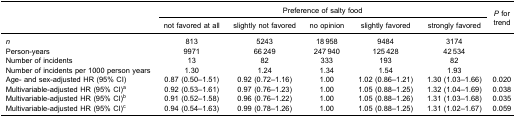
| <ROWSPAN=3>  | <COLSPAN=5> Preference of salty food | <ROWSPAN=3> P fortrend |
 | not favored at all | slightly not favored | no opinion | slightly favored | strongly favored |
 | --- | --- | --- | --- | --- | --- | --- |
 | n | 813 | 5243 | 18 958 | 9484 | 3174 |  |
 | Person-years | 9971 | 66 249 | 247 940 | 125 428 | 42 534 |  |
 | Number of incidents | 13 | 82 | 333 | 193 | 82 |  |
 | Number of incidents per 1000 person years | 1.30 | 1.24 | 1.34 | 1.54 | 1.93 |  |
 | Age- and sex-adjusted HR (95% CI) | 0.87 (0.50–1.51) | 0.92 (0.72–1.16) | 1.00 | 1.02 (0.86–1.21) | 1.30 (1.03–1.66) | 0.020 |
 | Multivariable-adjusted HR (95% CI)a | 0.92 (0.53–1.61) | 0.97 (0.76–1.23) | 1.00 | 1.05 (0.88–1.25) | 1.32 (1.04–1.69) | 0.038 |
 | Multivariable-adjusted HR (95% CI)b | 0.91 (0.52–1.58) | 0.96 (0.76–1.22) | 1.00 | 1.05 (0.88–1.26) | 1.31 (1.03–1.68) | 0.035 |
 | Multivariable-adjusted HR (95% CI)c | 0.94 (0.54–1.63) | 0.99 (0.78–1.26) | 1.00 | 1.05 (0.88–1.25) | 1.31 (1.02–1.67) | 0.059 |